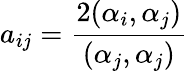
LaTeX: a_{ij}=\frac{2(\alpha_{i},\alpha_{j})}{(\alpha_{j},\alpha_{j})}